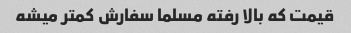
قیمت که بالا رفته مسلما سفارش کمتر میشه